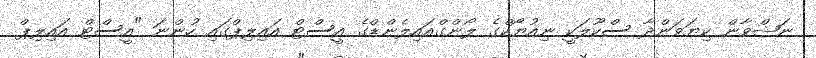
ނަޝްވާން ކިޔަވަންދާ ސްކޫލަކީ ނިއުޔޯކްގެ ލޯންގްއައިލެންޑްގެ އީސްޓް އައިލިޕްގައި ހުންނަ "އީސްޓް އައިލިޕް